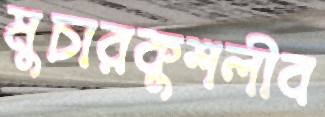
মুচারকুশলীব